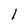
Character: 1